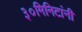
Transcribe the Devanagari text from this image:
३०मिनिटांनी